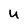
Character: u